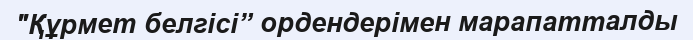
"Құрмет белгісі” ордендерімен марапатталды